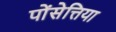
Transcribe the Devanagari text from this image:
पोंसेत्तिया